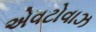
એવટોવાઝ